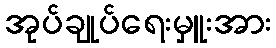
အုပ်ချုပ်ရေးမှူးအား